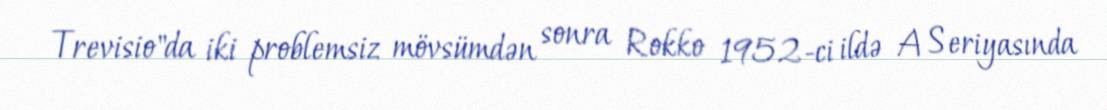
Trevisio"da iki problemsiz mövsümdən sonra Rokko 1952-ci ildə A Seriyasında